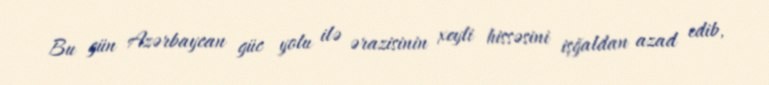
Bu gün Azərbaycan güc yolu ilə ərazisinin xeyli hissəsini işğaldan azad edib,